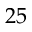
2 5